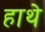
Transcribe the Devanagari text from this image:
हाथे